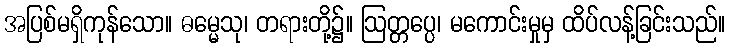
အပြစ်မရှိကုန်သော။ ဓမ္မေသု၊ တရားတို့၌။ ဩတ္တပ္ပေ၊ မကောင်းမှုမှ ထိပ်လန့်ခြင်းသည်။